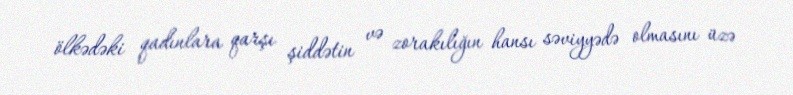
ölkədəki qadınlara qarşı şiddətin və zorakılığın hansı səviyyədə olmasını üzə